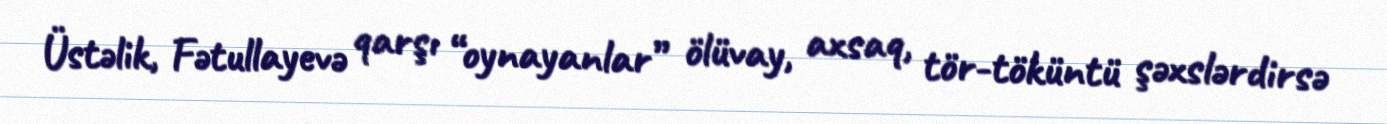
Üstəlik, Fətullayevə qarşı “oynayanlar” ölüvay, axsaq, tör-töküntü şəxslərdirsə